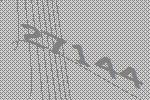
27144